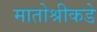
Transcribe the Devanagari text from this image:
मातोश्रीकडे